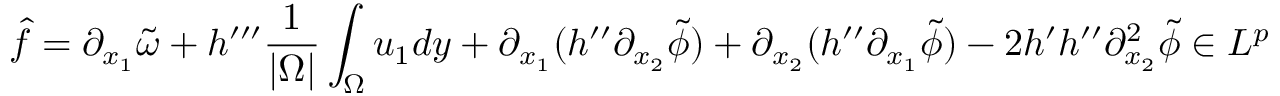
\hat { f } = \partial _ { x _ { 1 } } \tilde { \omega } + h ^ { \prime \prime \prime } \frac { 1 } { | \Omega | } \int _ { \Omega } u _ { 1 } d y + \partial _ { x _ { 1 } } ( h ^ { \prime \prime } \partial _ { x _ { 2 } } \tilde { \phi } ) + \partial _ { x _ { 2 } } ( h ^ { \prime \prime } \partial _ { x _ { 1 } } \tilde { \phi } ) - 2 h ^ { \prime } h ^ { \prime \prime } \partial _ { x _ { 2 } } ^ { 2 } \tilde { \phi } \in L ^ { p }